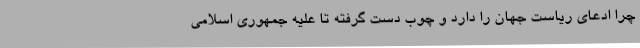
چرا ادعای ریاست جهان را دارد و چوب دست گرفته تا علیه جمهوری اسلامی